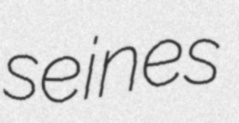
seines